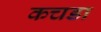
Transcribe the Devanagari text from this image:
कचडा